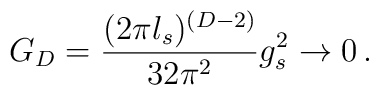
G_D = {({2\pi l_s})^{(D-2)}\over32 \pi^2} g_s^2  \rightarrow 0 \, .